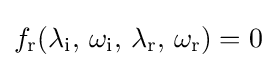
f_{\text{r}}(\lambda _{\text{i}},\,\omega _{\text{i}},\,\lambda _{\text{r}},\,\omega _{\text{r}})=0